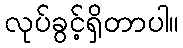
လုပ်ခွင့်ရှိတာပါ။